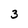
Character: 3